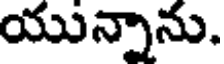
యున్నాను.